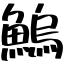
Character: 鰞